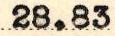
28.83